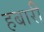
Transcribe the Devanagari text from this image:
हबारी